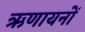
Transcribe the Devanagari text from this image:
ऋणायनों